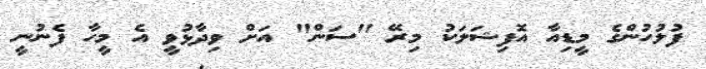
ފުލުހުންގެ މީޑިއާ އޮފިޝަލަކު މިރޭ "ސަން" އަށް ވިދާޅުވީ އެ މީހާ ފެނުނީ